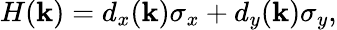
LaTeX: H(\mathbf{k})=d_{x}(\mathbf{k})\sigma_{x}+d_{y}(\mathbf{k})\sigma_{y},